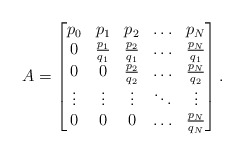
\begin{align*}A=\begin{bmatrix} p_0& p_1 & p_2 & \hdots & p_N \\0 & \frac{p_1}{q_1} & \frac{p_2}{q_1} & \hdots & \frac{p_N}{q_1} \\ 0 & 0 & \frac{p_2}{q_2} & \hdots & \frac{p_N}{q_2} \\ \vdots & \vdots & \vdots & \ddots & \vdots \\ 0 & 0 & 0 & \hdots & \frac{p_N}{q_N} \end{bmatrix} .\end{align*}